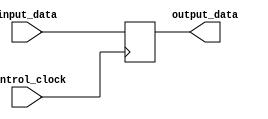
module Flip_Flop(
		input 				 input_data,
		input 			 control_clock,
		output reg			output_data
    );

	always @ (posedge control_clock)
		output_data <= input_data;
		
endmodule